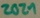
Text: 2021